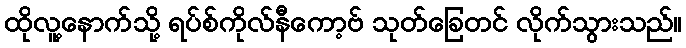
ထိုလူ့နောက်သို့ ရပ်စ်ကိုလ်နီကော့ဗ် သုတ်ခြေတင် လိုက်သွားသည်။